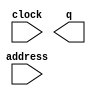
// megafunction wizard: %ROM: 1-PORT%
// GENERATION: STANDARD
// VERSION: WM1.0
// MODULE: altsyncram 

// ============================================================
// Megafunction Name(s):
// 			altsyncram
//
// Simulation Library Files(s):
// 			altera_mf
// ============================================================
// ************************************************************
// THIS IS A WIZARD-GENERATED FILE. DO NOT EDIT THIS FILE!
//
// 13.1.0 Build 162 10/23/2013 SJ Web Edition
// ************************************************************


//Copyright (C) 1991-2013 Altera Corporation
//Your use of Altera Corporation's design tools, logic functions 
//and other software and tools, and its AMPP partner logic 
//functions, and any output files from any of the foregoing 
//(including device programming or simulation files), and any 
//associated documentation or information are expressly subject 
//to the terms and conditions of the Altera Program License 
//Subscription Agreement, Altera MegaCore Function License 
//Agreement, or other applicable license agreement, including, 
//without limitation, that your use is for the sole purpose of 
//programming logic devices manufactured by Altera and sold by 
//Altera or its authorized distributors.  Please refer to the 
//applicable agreement for further details.


// synopsys translate_off
`timescale 1 ps / 1 ps
// synopsys translate_on
module mf_usb3_descrip (
	address,
	clock,
	q);

	input	[6:0]  address;
	input	  clock;
	output	[31:0]  q;
`ifndef ALTERA_RESERVED_QIS
// synopsys translate_off
`endif
	tri1	  clock;
`ifndef ALTERA_RESERVED_QIS
// synopsys translate_on
`endif

	wire [31:0] sub_wire0;
	wire [31:0] q = sub_wire0[31:0];
/*
	defparam
		altsyncram_component.address_aclr_a = "NONE",
		altsyncram_component.clock_enable_input_a = "BYPASS",
		altsyncram_component.clock_enable_output_a = "BYPASS",
		altsyncram_component.init_file = "usb3_descrip.mif",
		altsyncram_component.intended_device_family = "Cyclone IV E",
		altsyncram_component.lpm_hint = "ENABLE_RUNTIME_MOD=NO",
		altsyncram_component.lpm_type = "altsyncram",
		altsyncram_component.numwords_a = 128,
		altsyncram_component.operation_mode = "ROM",
		altsyncram_component.outdata_aclr_a = "NONE",
		altsyncram_component.outdata_reg_a = "CLOCK0",
		altsyncram_component.widthad_a = 7,
		altsyncram_component.width_a = 32,
		altsyncram_component.width_byteena_a = 1;

	altsyncram	altsyncram_component (
				.address_a (address),
				.clock0 (clock),
				.q_a (sub_wire0),
				.aclr0 (1'b0),
				.aclr1 (1'b0),
				.address_b (1'b1),
				.addressstall_a (1'b0),
				.addressstall_b (1'b0),
				.byteena_a (1'b1),
				.byteena_b (1'b1),
				.clock1 (1'b1),
				.clocken0 (1'b1),
				.clocken1 (1'b1),
				.clocken2 (1'b1),
				.clocken3 (1'b1),
				.data_a ({32{1'b1}}),
				.data_b (1'b1),
				.eccstatus (),
				.q_b (),
				.rden_a (1'b1),
				.rden_b (1'b1),
				.wren_a (1'b0),
				.wren_b (1'b0));
	
*/ //TODO ANGAPPAN
endmodule

// ============================================================
// CNX file retrieval info
// ============================================================
// Retrieval info: PRIVATE: ADDRESSSTALL_A NUMERIC "0"
// Retrieval info: PRIVATE: AclrAddr NUMERIC "0"
// Retrieval info: PRIVATE: AclrByte NUMERIC "0"
// Retrieval info: PRIVATE: AclrOutput NUMERIC "0"
// Retrieval info: PRIVATE: BYTE_ENABLE NUMERIC "0"
// Retrieval info: PRIVATE: BYTE_SIZE NUMERIC "8"
// Retrieval info: PRIVATE: BlankMemory NUMERIC "0"
// Retrieval info: PRIVATE: CLOCK_ENABLE_INPUT_A NUMERIC "0"
// Retrieval info: PRIVATE: CLOCK_ENABLE_OUTPUT_A NUMERIC "0"
// Retrieval info: PRIVATE: Clken NUMERIC "0"
// Retrieval info: PRIVATE: IMPLEMENT_IN_LES NUMERIC "0"
// Retrieval info: PRIVATE: INIT_FILE_LAYOUT STRING "PORT_A"
// Retrieval info: PRIVATE: INIT_TO_SIM_X NUMERIC "0"
// Retrieval info: PRIVATE: INTENDED_DEVICE_FAMILY STRING "Cyclone IV E"
// Retrieval info: PRIVATE: JTAG_ENABLED NUMERIC "0"
// Retrieval info: PRIVATE: JTAG_ID STRING "NONE"
// Retrieval info: PRIVATE: MAXIMUM_DEPTH NUMERIC "0"
// Retrieval info: PRIVATE: MIFfilename STRING "usb3_descrip.mif"
// Retrieval info: PRIVATE: NUMWORDS_A NUMERIC "128"
// Retrieval info: PRIVATE: RAM_BLOCK_TYPE NUMERIC "0"
// Retrieval info: PRIVATE: RegAddr NUMERIC "1"
// Retrieval info: PRIVATE: RegOutput NUMERIC "1"
// Retrieval info: PRIVATE: SYNTH_WRAPPER_GEN_POSTFIX STRING "0"
// Retrieval info: PRIVATE: SingleClock NUMERIC "1"
// Retrieval info: PRIVATE: UseDQRAM NUMERIC "0"
// Retrieval info: PRIVATE: WidthAddr NUMERIC "7"
// Retrieval info: PRIVATE: WidthData NUMERIC "32"
// Retrieval info: PRIVATE: rden NUMERIC "0"
// Retrieval info: LIBRARY: altera_mf altera_mf.altera_mf_components.all
// Retrieval info: CONSTANT: ADDRESS_ACLR_A STRING "NONE"
// Retrieval info: CONSTANT: CLOCK_ENABLE_INPUT_A STRING "BYPASS"
// Retrieval info: CONSTANT: CLOCK_ENABLE_OUTPUT_A STRING "BYPASS"
// Retrieval info: CONSTANT: INIT_FILE STRING "usb3_descrip.mif"
// Retrieval info: CONSTANT: INTENDED_DEVICE_FAMILY STRING "Cyclone IV E"
// Retrieval info: CONSTANT: LPM_HINT STRING "ENABLE_RUNTIME_MOD=NO"
// Retrieval info: CONSTANT: LPM_TYPE STRING "altsyncram"
// Retrieval info: CONSTANT: NUMWORDS_A NUMERIC "128"
// Retrieval info: CONSTANT: OPERATION_MODE STRING "ROM"
// Retrieval info: CONSTANT: OUTDATA_ACLR_A STRING "NONE"
// Retrieval info: CONSTANT: OUTDATA_REG_A STRING "CLOCK0"
// Retrieval info: CONSTANT: WIDTHAD_A NUMERIC "7"
// Retrieval info: CONSTANT: WIDTH_A NUMERIC "32"
// Retrieval info: CONSTANT: WIDTH_BYTEENA_A NUMERIC "1"
// Retrieval info: USED_PORT: address 0 0 7 0 INPUT NODEFVAL "address[6..0]"
// Retrieval info: USED_PORT: clock 0 0 0 0 INPUT VCC "clock"
// Retrieval info: USED_PORT: q 0 0 32 0 OUTPUT NODEFVAL "q[31..0]"
// Retrieval info: CONNECT: @address_a 0 0 7 0 address 0 0 7 0
// Retrieval info: CONNECT: @clock0 0 0 0 0 clock 0 0 0 0
// Retrieval info: CONNECT: q 0 0 32 0 @q_a 0 0 32 0
// Retrieval info: GEN_FILE: TYPE_NORMAL mf_usb3_descrip.v TRUE
// Retrieval info: GEN_FILE: TYPE_NORMAL mf_usb3_descrip.inc FALSE
// Retrieval info: GEN_FILE: TYPE_NORMAL mf_usb3_descrip.cmp FALSE
// Retrieval info: GEN_FILE: TYPE_NORMAL mf_usb3_descrip.bsf FALSE
// Retrieval info: GEN_FILE: TYPE_NORMAL mf_usb3_descrip_inst.v FALSE
// Retrieval info: GEN_FILE: TYPE_NORMAL mf_usb3_descrip_bb.v FALSE
// Retrieval info: LIB_FILE: altera_mf